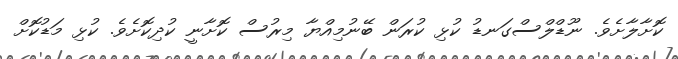
ކޮށާލާށެވެ. ނޫޑްލްސްގަނޑު ކުޅި ކުރަން ބޭނުމިއްޔާ މިރުސް ކޮށާނީ ކުދިކޮށެވެ. ކުޅި މަޑުކޮށް